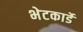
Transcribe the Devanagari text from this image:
भेटकार्डे